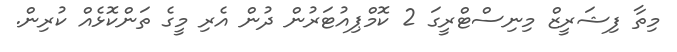
މިތާ ފިޝަރީޒް މިނިސްޓްރީގަ 2 ކޮމްޕިއުޓަރުން ދުން އެރި މީގެ ތަންކޮޅެއް ކުރިން.